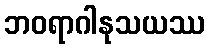
ဘဝရာဂါနုသယဿ